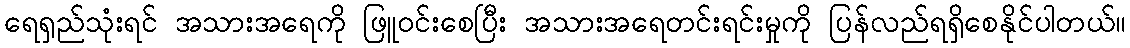
ရေရှည်သုံးရင် အသားအရေကို ဖြူဝင်းစေပြီး အသားအရေတင်းရင်းမှုကို ပြန်လည်ရရှိစေနိုင်ပါတယ်။